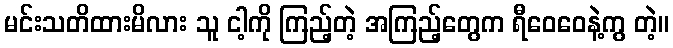
မင်းသတိထားမိလား သူ ငါ့ကို ကြည့်တဲ့ အကြည့်တွေက ရီဝေဝေနဲ့ကွ တဲ့။